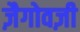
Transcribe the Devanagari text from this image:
ज़ैगोवज़ी